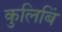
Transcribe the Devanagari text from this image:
कुलिबिं